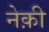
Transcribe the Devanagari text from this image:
नेक़ी